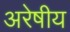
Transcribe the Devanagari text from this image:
अरेषीय